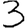
Digit: 3